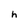
Character: h